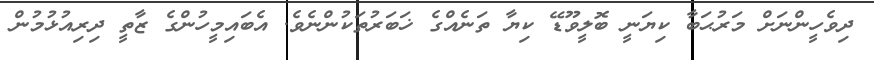
ދިވެހީންނަށް މަރުޙަބާ ކިޔަނީ ބޮލީވޫޑޭ ކިޔާ ތަނެއްގެ ޚަބަރުތަކުންނެވެ. އެބައިމީހުންގެ ޒާތީ ދިރިއުޅުމުން